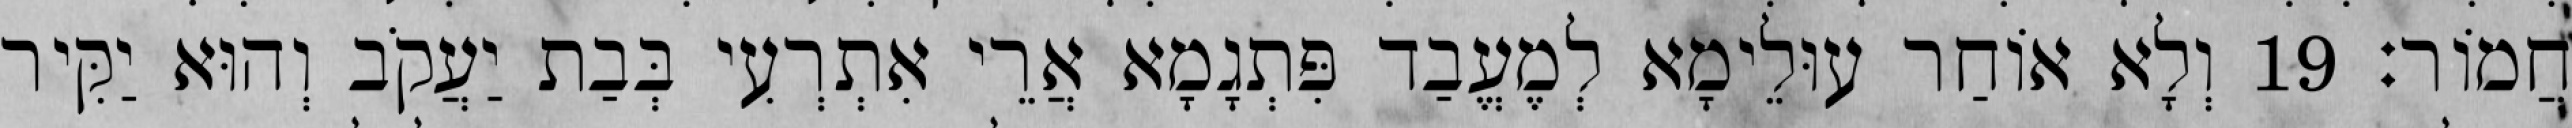
חֲמוֹר׃ 19 וְלָא אוֹחַר עוּלֵימָא לְמֶעֱבַד פִּתְגָמָא אֲרֵי אִתְרְעִי בְּבַת יַעֲקֹב וְהוּא יַקִּיר